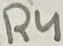
Text: R4